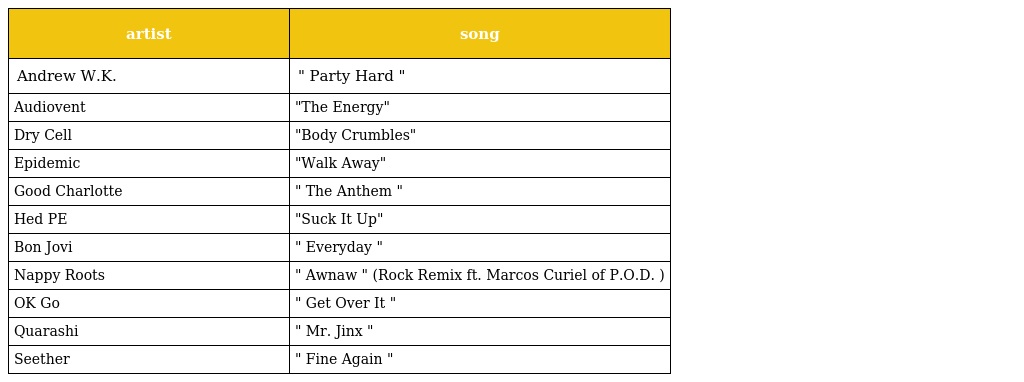
| artist | song |
 | --- | --- |
 | Andrew W.K. | " Party Hard " |
 | Audiovent | "The Energy" |
 | Dry Cell | "Body Crumbles" |
 | Epidemic | "Walk Away" |
 | Good Charlotte | " The Anthem " |
 | Hed PE | "Suck It Up" |
 | Bon Jovi | " Everyday " |
 | Nappy Roots | " Awnaw " (Rock Remix ft. Marcos Curiel of P.O.D. ) |
 | OK Go | " Get Over It " |
 | Quarashi | " Mr. Jinx " |
 | Seether | " Fine Again " |